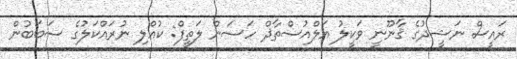
ރައީސް ނަޝީދުގެ ޤާނޫނީ ވަކީލު އަލްއުސްތާޛް ހަސަން ލަތީފް: ކުއްލި ނުރައްކަލުގެ ސަބަބުން